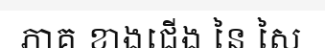
ភាគ ខាងជើង នៃ សៃ